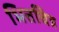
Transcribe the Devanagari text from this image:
भित्तचित्र